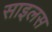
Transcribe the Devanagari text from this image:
साइलस